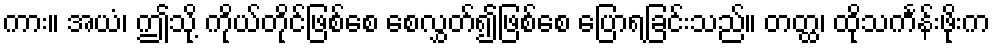
ကား။ အယံ၊ ဤသို့ ကိုယ်တိုင်ဖြစ်စေ စေလွှတ်၍ဖြစ်စေ ပြောရခြင်းသည်။ တတ္ထ၊ ထိုသင်္ကန်းဖိုးက